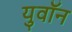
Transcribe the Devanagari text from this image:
युवॉन